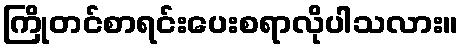
ကြိုတင်စာရင်းပေးစရာလိုပါသလား။